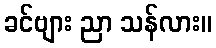
ခင်ဗျား ညာ သန်လား။